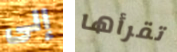
إلى تقرأها